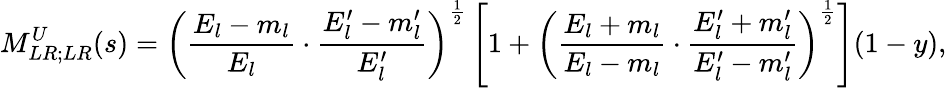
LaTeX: M_{LR;LR}^{U}(s)=\left(\frac{E_{l}-m_{l}}{E_{l}}\cdot\frac{E_{l}^{\prime}-m_{l}^{\prime}}{E_{l}^{\prime}}\right)^{\frac{1}{2}}\left[1+\left(\frac{E_{l}+m_{l}}{E_{l}-m_{l}}\cdot\frac{E_{l}^{\prime}+m_{l}^{\prime}}{E_{l}^{\prime}-m_{l}^{\prime}}\right)^{\frac{1}{2}}\right](1-y),